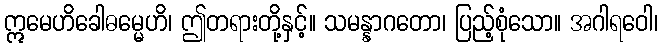
ဣမေဟိခေါဓမ္မေဟိ၊ ဤတရားတို့နှင့်။ သမန္နာဂတော၊ ပြည့်စုံသော။ အဂါရဝေါ၊